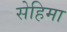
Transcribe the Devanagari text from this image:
सेहिमा